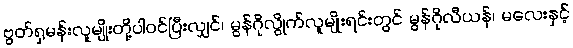
ဗွတ်ရှမန်းလူမျိုးတို့ပါဝင်ပြီးလျှင်၊ မွန်ဂိုလွိုက်လူမျိုးရင်းတွင် မွန်ဂိုလီယန်၊ မလေးနှင့်